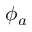
\phi _ { a }